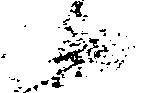
候